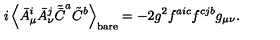
i \left< \bar { A } _ { \mu } ^ { i } \bar { A } _ { \nu } ^ { j } \tilde { \bar { C } } ^ { a } \tilde { C } ^ { b } \right> _ { \mathrm { b a r e } } = - 2 g ^ { 2 } f ^ { a i c } f ^ { c j b } g _ { \mu \nu } .